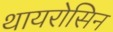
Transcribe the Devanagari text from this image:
थायरोसिन